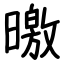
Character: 曒